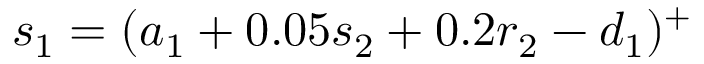
s _ { 1 } = ( a _ { 1 } + 0 . 0 5 s _ { 2 } + 0 . 2 r _ { 2 } - d _ { 1 } ) ^ { + }